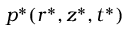
p ^ { * } ( r ^ { * } , z ^ { * } , t ^ { * } )